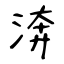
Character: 渀